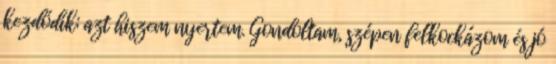
kezdődik; azt hiszem nyertem. Gondoltam, szépen felkockázom és jó